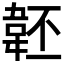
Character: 𩎜